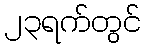
၂၃ရက်တွင်